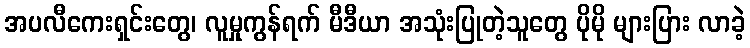
အပလီကေးရှင်းတွေ၊ လူမှုကွန်ရက် မီဒီယာ အသုံးပြုတဲ့သူတွေ ပိုမို များပြား လာခဲ့